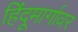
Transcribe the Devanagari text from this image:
हिंदूमार्गावर